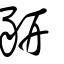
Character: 豣